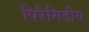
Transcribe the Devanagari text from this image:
पिरैमिडीय